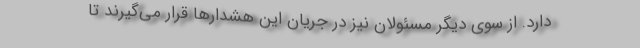
دارد. از سوی دیگر مسئولان نیز در جریان این هشدارها قرار می‌گیرند تا